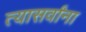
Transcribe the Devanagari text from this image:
त्यासर्वांना